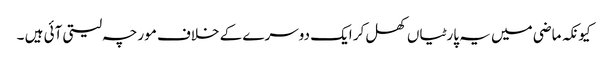
کیونکہ ماضی میں یہ پارٹیاں کھل کر ایک دوسرے کے خلاف مورچہ لیتی آئی ہیں ۔